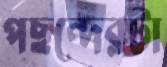
পছন্দেরটা